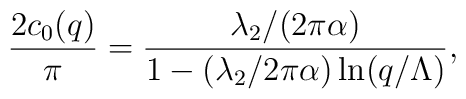
{2c_0(q)\over\pi} = {\lambda_2/(2\pi\alpha)\over 1 -(\lambda_2/2\pi\alpha)\ln (q/\Lambda)},